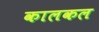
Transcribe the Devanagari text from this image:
कालकल